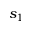
s _ { 1 }